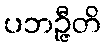
ပဘဉ္ဇီတိ